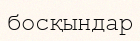
босқындар